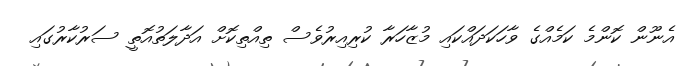
އެނޫން ކޮންމެ ކަމެއްގެ ވާހަކަދައްކައި މުޒާހަރާ ކުރިއިރުވެސް ތިއްތިކޮށް އަދާލަތުއޮތީ ސަރުކާރުގައި